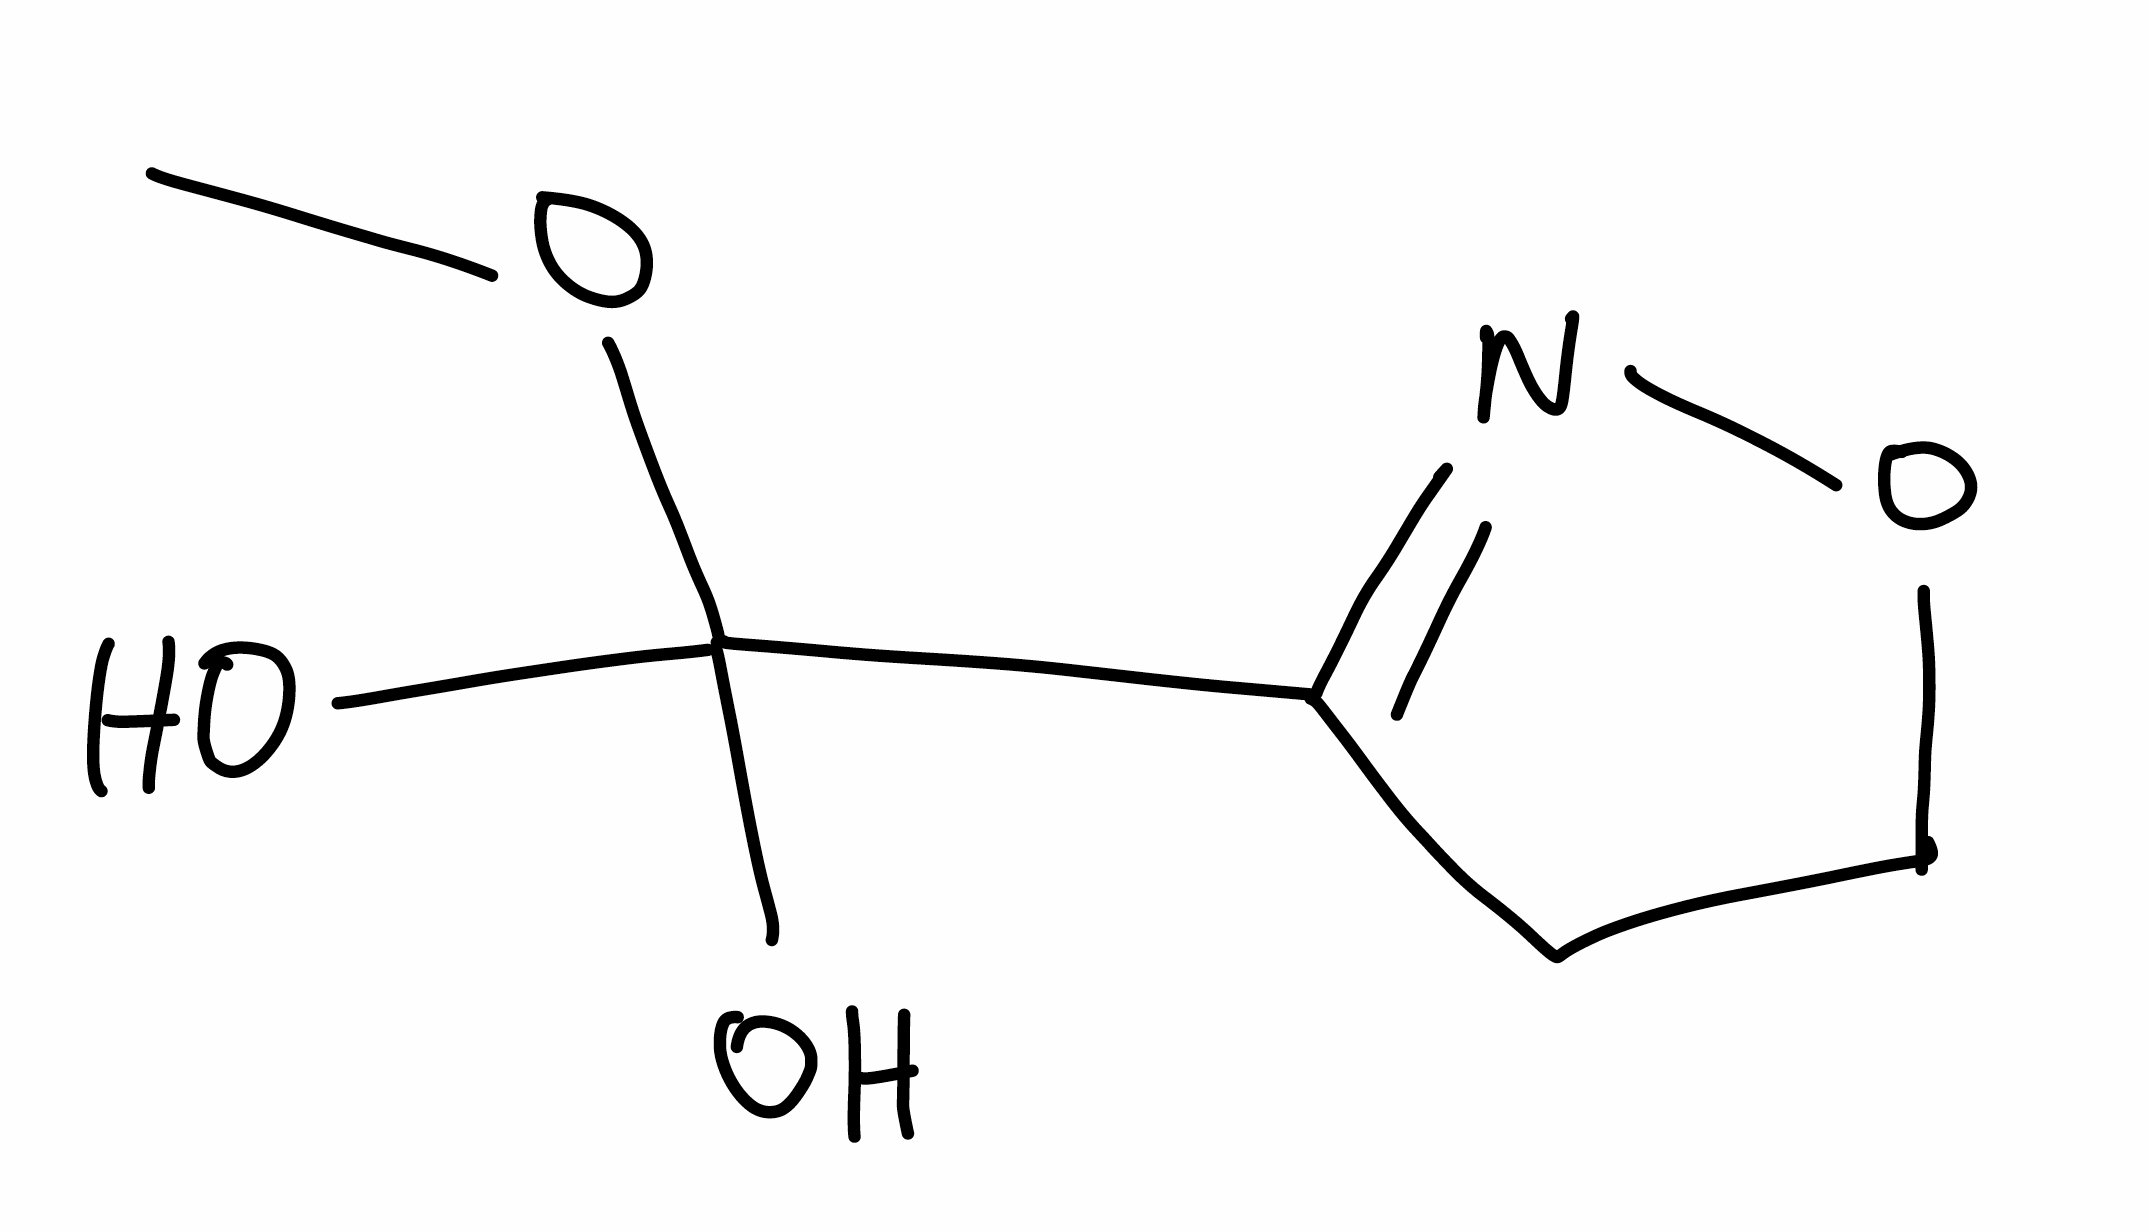
Simplified molecular-input line-entry system (SMILES) notation of the given molecule:
COC(C1=NOCC1)(O)O